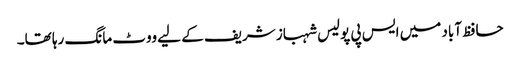
حافظ آباد میں ایس پی پولیس شہباز شریف کے لیے ووٹ مانگ رہا تھا۔